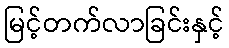
မြင့်တက်လာခြင်းနှင့်